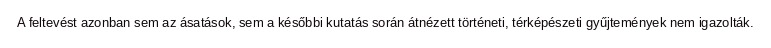
A feltevést azonban sem az ásatások, sem a későbbi kutatás során átnézett történeti, térképészeti gyűjtemények nem igazolták.